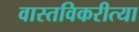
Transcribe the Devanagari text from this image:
वास्तविकरीत्या